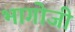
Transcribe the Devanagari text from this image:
भागोजी